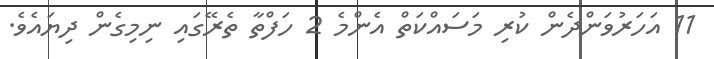
11 އަހަރުވަންދެން ކުރި މަސައްކަތް އެންމެ 2 ހަފްތާ ތެރޭގައި ނިމިގެން ދިޔައެވެ.